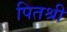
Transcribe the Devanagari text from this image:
पितश्री